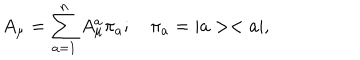
LaTeX: A _ { \mu } = \sum _ { a = 1 } ^ { n } A _ { \mu } ^ { a } \pi _ { a } ; \quad \pi _ { a } = | a > < a | ,